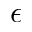
\epsilon